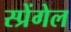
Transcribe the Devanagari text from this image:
स्प्रेंगेल